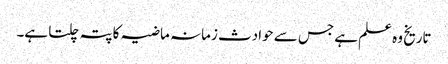
تاریخ وہ علم ہے جس سے حوادث زمانہ ماضیہ کا پتہ چلتا ہے۔